Lunatic asylums Madras 1892-1911 - 1892-1911
Year: 1892
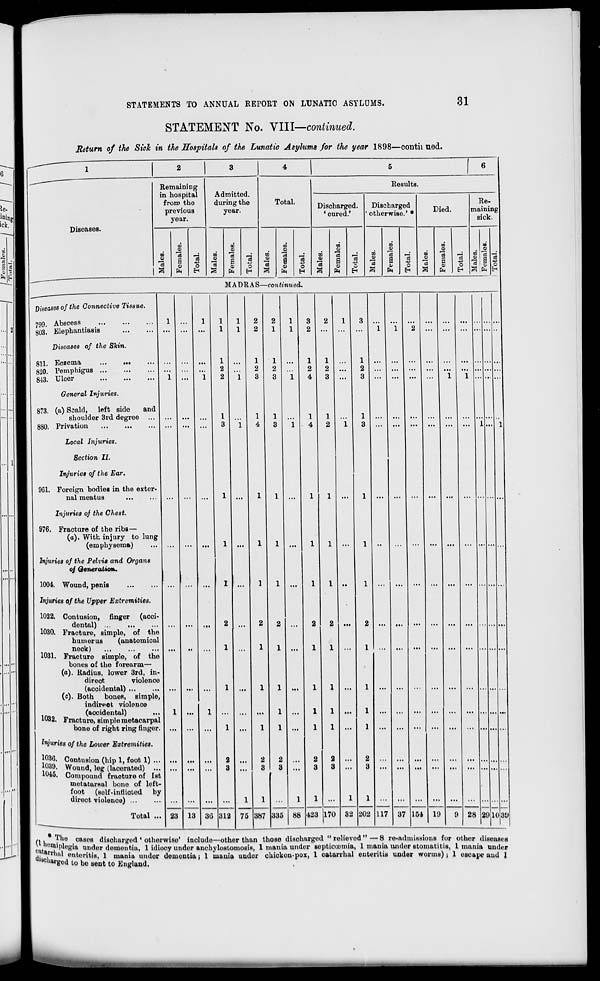
STATEMENTS TO ANNUAL REPORT ON LUNATIC ASYLUMS.
31
STATEMENT No. VIII—continued.
Return of the Sick in the Hospitals of the Lunatic Asylums for the year 1898—contii ued.
Diseases.
Remaining
in hospital
from the
previous
year.
ID
<u
la
a
s
EH
o
E-i
Admitted.
during the
year.
01
03
a
03
©
a
03
ft
0
Total.
w
03
"3
a
03
9
03
EH
0
Results.
Discharged.
1 cured.'
03
e
'co
a
00
03
a
ft
Discharged
Died.
Re-
maining
sick.
m
00
u>
<u
33
03
DO
c3
09
_; m r 1
a
0/
3 o
03
"3 a
03
O
03
"3 a eS
c
as| ft EH a EH H a ft r-i
MADRAS—cofiitwued.
Diseases of the Connective Tissue.
799. Abscess
303. Elephantiasis
Diseases of the Skin.
8U. Eczema
820. Pemphigus
843. Ulcer
General Injuries.
873. (a) Scald, left side
and
shoulder 3rd degree ...
880. Privation
Local Injuries.
Section II.
Injuries of the Ear.
961. Foreign bodieB in the exter-
nal meatus
Injuries of the Chest.
976. Fracture of the ribs—
(a). With injury to lung
(emphysema)
Injuries of the Pelvis and Organs
of Generation.
1004. Wound, penis
Injuries of the Upper Extremities.
1022. Contusion, finger (acci-
dental) ...
1030. Fraoture, simple, of the
hinner us
(anatomical
neck)
1031. Fracture simple, of the
bones of the forearm—
(a). Radius, lower 3rd, in-
direot
violence
(accidental) ...
(c). Both bones, simple,
indirect violence
(accidental)
1032. Fracture, simple raetacarpal
bone of right ring finger.
Injuries of the Lower Extremities.
J°36. Contusion (hip 1, foot 1) ...
1039. Wound, leg (lacerated) ...
1045. Compound fraoture of 1st
metatarsal bone of left-
foot (solf-intHoted by
diroct violenoe) ...
Total ... 23 13 30 312
12
2
12
1
11
..2
2
13
3
75 387 335 88 423 170
1
32 202 117 37 154 lfl
28 29 1030
i.
fho cases discharged ' otherwise' include—other than those discharged " relieved " — 8 re-admissions for other diseases
t , llt
lu,IU M»logia under dementia, 1 idiocy under anchylostomosis, 1 mania under septicoumia, 1 mania under stomatitis, 1 mania under
a mml enteritis, 1 mania nndor deuiontia; I mania under ohickou-pox, 1 catarrhal enteritis under worms); 1 escape and I
"»'ged to be sent to England.